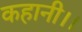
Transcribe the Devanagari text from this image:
कहानी।।